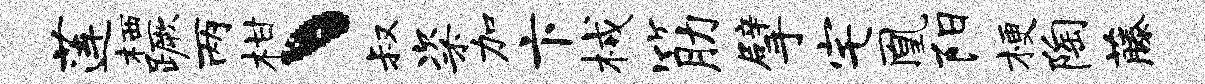
莲栖蹶两柑丶叔粢加卞械筋擘宅凰阳梗陶藤